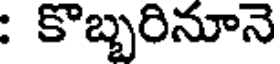
: కొబ్బరినూనె